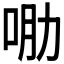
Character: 𱒠